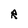
Character: R